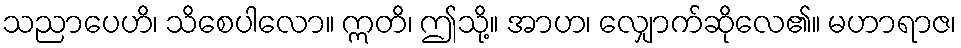
သညာပေဟိ၊ သိစေပါလော။ ဣတိ၊ ဤသို့။ အာဟ၊ လျှောက်ဆိုလေ၏။ မဟာရာဇ၊